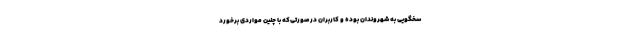
سخگویی به شهروندان بوده و کاربران درصورتی‌که با چنین مواردی برخورد